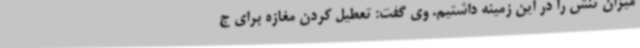
میزان تنش را در این زمینه داشتیم. وی گفت: تعطیل کردن مغازه برای ج